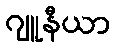
ဂျူနီယာ